Vaccination in Burma 1889-1999 - 1889-1999
Year: 1889
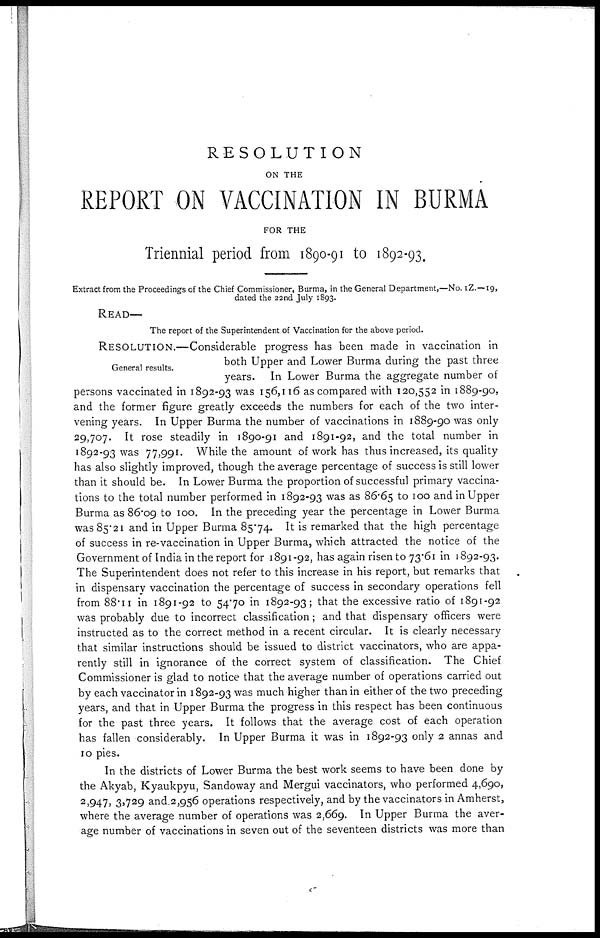
RESOLUTION
ON THE
REPORT ON VACCINATION IN BURMA
FOR THE
Triennial period from 1890-91 to 1892-93.
Extract from the Proceedings of the Chief Commissioner, Burma, in the General Department,—No. IZ.—19,
dated the 22nd July 1893.
READ—
The report of the Superintendent of Vaccination for the above period.
General results.
RESOLUTION.—Considerable progress has been made in vaccination in
both Upper and Lower Burma during the past three
years. In Lower Burma the aggregate number of
persons vaccinated in 1892-93 was 156,116 as compared with 120,552 in 1889-90,
and the former figure greatly exceeds the numbers for each of the two inter-
vening years. In Upper Burma the number of vaccinations in 1889-90 was only
29,707. It rose steadily in 1890-91 and 1891-92, and the total number in
1892-93 was 77,991. While the amount of work has thus increased, its quality
has also slightly improved, though the average percentage of success is still lower
than it should be. In Lower Burma the proportion of successful primary vaccina-
tions to the total number performed in 1892-93 was as 86.65 to 100 and in Upper
Burma as 86.09 to 100. In the preceding year the percentage in Lower Burma
was 85.21 and in Upper Burma 85.74. It is remarked that the high percentage
of success in re-vaccination in Upper Burma, which attracted the notice of the
Government of India in the report for 1891-92, has again risen to 73.61 in 1892-93.
The Superintendent does not refer to this increase in his report, but remarks that
in dispensary vaccination the percentage of success in secondary operations fell
from 88.11 in 1891-92 to 54.70 in 1892-93; that the excessive ratio of 1891-92
was probably due to incorrect classification; and that dispensary officers were
instructed as to the correct method in a recent circular. It is clearly necessary
that similar instructions should be issued to district vaccinators, who are appa-
rently still in ignorance of the correct system of classification. The Chief
Commissioner is glad to notice that the average number of operations carried out
by each vaccinator in 1892-93 was much higher than in either of the two preceding
years, and that in Upper Burma the progress in this respect has been continuous
for the past three years. It follows that the average cost of each operation
has fallen considerably. In Upper Burma it was in 1892-93 only 2 annas and
10 pies.
In the districts of Lower Burma the best work seems to have been done by
the Akyab, Kyaukpyu, Sandoway and Mergui vaccinators, who performed 4,690,
2,947, 3,729 and 2,956 operations respectively, and by the vaccinators in Amherst,
where the average number of operations was 2,669. In Upper Burma the aver-
age number of vaccinations in seven out of the seventeen districts was more than